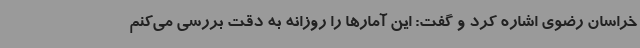
خراسان رضوی اشاره کرد و گفت: این آمارها را روزانه به دقت بررسی می‌کنم